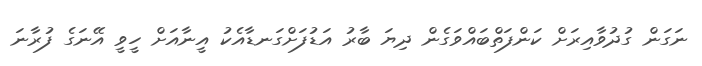
ނަގަން ގުދުވާއިރަށް ކަންފަތްބައްވަގެން ދިޔަ ބާރު އަޑުފަށްގަނޑާއެކު އީނާއަށް ހީވީ އޭނަގެ ފުރާނަ